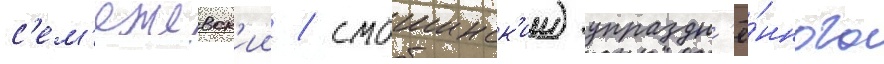
с'ем'ежевск'ии / смошинск'ии) упраздн'ё́нного